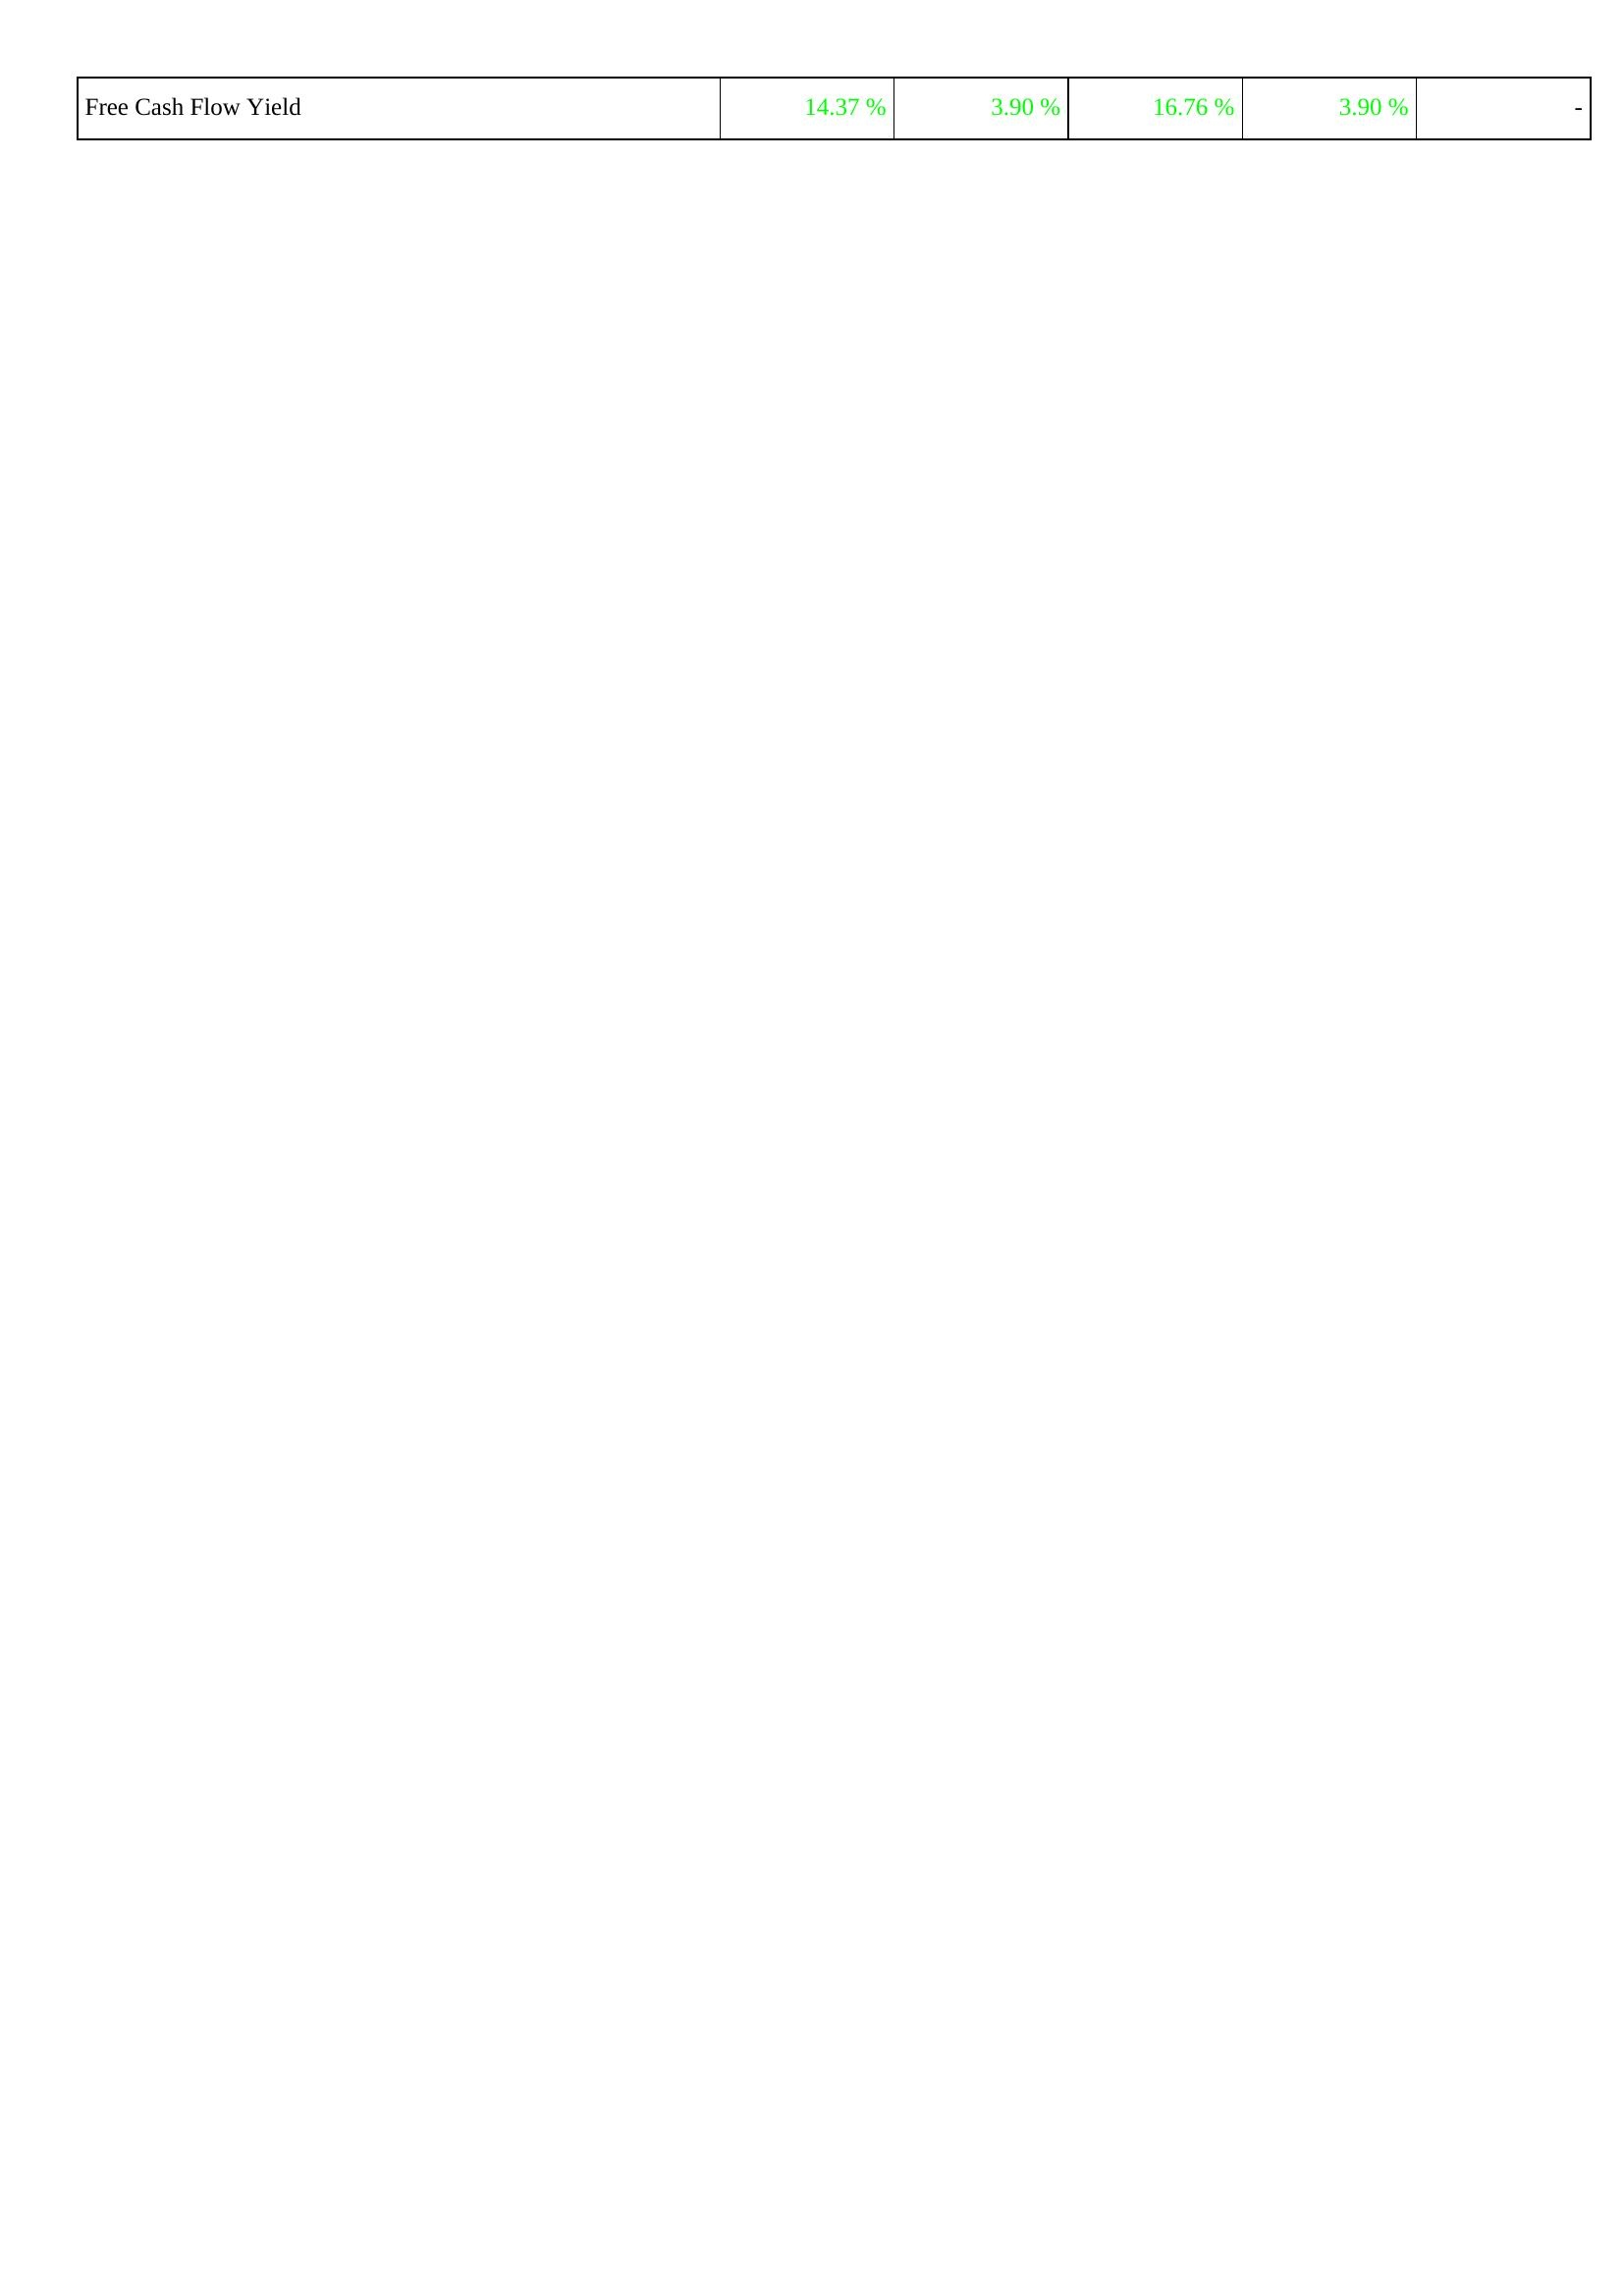
2022: Financing Activities: Free Cash Flow Yield: 14.37 %
2021: Financing Activities: Free Cash Flow Yield: 3.90 %
2020: Financing Activities: Free Cash Flow Yield: 16.76 %
2019: Financing Activities: Free Cash Flow Yield: 3.90 %
2018: Financing Activities: Free Cash Flow Yield: -